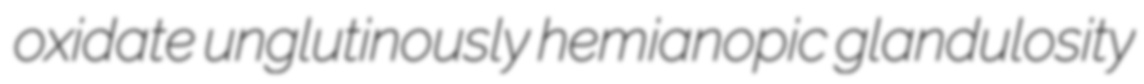
oxidate unglutinously hemianopic glandulosity